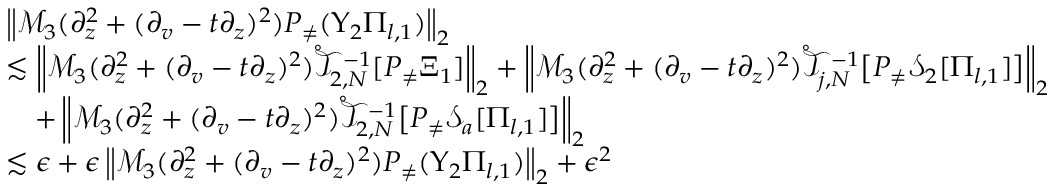
\begin{array} { r l } & { \left\| \mathcal { M } _ { 3 } ( \partial _ { z } ^ { 2 } + ( \partial _ { v } - t \partial _ { z } ) ^ { 2 } ) P _ { \neq } ( \Upsilon _ { 2 } \Pi _ { l , 1 } ) \right\| _ { 2 } } \\ & { \lesssim \left\| \mathcal { M } _ { 3 } ( \partial _ { z } ^ { 2 } + ( \partial _ { v } - t \partial _ { z } ) ^ { 2 } ) \mathring { \mathcal { T } } _ { 2 , N } ^ { - 1 } [ P _ { \neq } \Xi _ { 1 } ] \right\| _ { 2 } + \left\| \mathcal { M } _ { 3 } ( \partial _ { z } ^ { 2 } + ( \partial _ { v } - t \partial _ { z } ) ^ { 2 } ) \mathring { \mathcal { T } } _ { j , N } ^ { - 1 } \big [ P _ { \neq } \mathcal { S } _ { 2 } [ \Pi _ { l , 1 } ] \big ] \right\| _ { 2 } } \\ & { \quad + \left\| \mathcal { M } _ { 3 } ( \partial _ { z } ^ { 2 } + ( \partial _ { v } - t \partial _ { z } ) ^ { 2 } ) \mathring { \mathcal { T } } _ { 2 , N } ^ { - 1 } \big [ P _ { \neq } \mathcal { S } _ { a } [ \Pi _ { l , 1 } ] \big ] \right\| _ { 2 } } \\ & { \lesssim \epsilon + \epsilon \left\| \mathcal { M } _ { 3 } ( \partial _ { z } ^ { 2 } + ( \partial _ { v } - t \partial _ { z } ) ^ { 2 } ) P _ { \neq } ( \Upsilon _ { 2 } \Pi _ { l , 1 } ) \right\| _ { 2 } + \epsilon ^ { 2 } } \end{array}